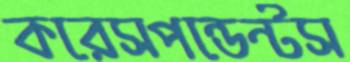
করেসপন্ডেন্টস